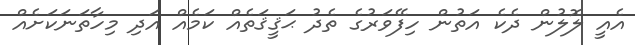
އެއީ ލޮލުން ދެކެ އަތުން ހިފޭވަރުގެ ތެދު ޙަޤީޤަތެއް ކަމެއް އަދި މިހާތަނަކަށެއް